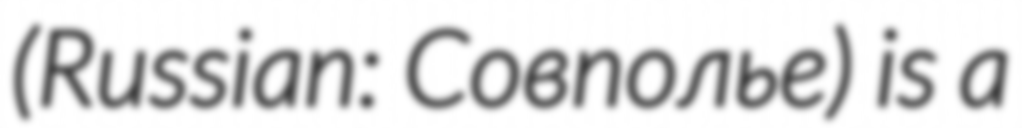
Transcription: (Russian: Совполье) is a